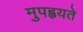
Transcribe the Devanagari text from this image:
मुपह्वयते